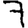
Digit: 7